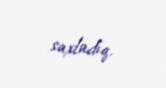
saxladıq.